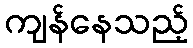
ကျန်နေသည့်